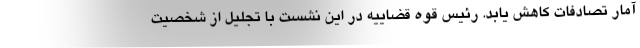
آمار تصادفات کاهش یابد. رئیس قوه قضاییه در این نشست با تجلیل از شخصیت